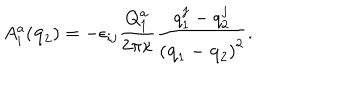
LaTeX: A _ { i } ^ { a } ( { \bf q } _ { 2 } ) = - \epsilon _ { i j } \frac { Q _ { 1 } ^ { a } } { 2 \pi \kappa } \frac { q _ { 1 } ^ { j } - q _ { 2 } ^ { j } } { \left( { \bf q } _ { 1 } - { \bf q } _ { 2 } \right) ^ { 2 } } .